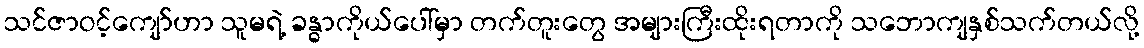
သင်ဇာဝင့်ကျော်ဟာ သူမရဲ့ ခန္ဓာကိုယ်ပေါ်မှာ တက်တူးတွေ အများကြီးထိုးရတာကို သဘောကျနှစ်သက်တယ်လို့